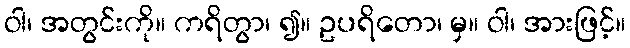
ဝါ၊ အတွင်းကို။ ကရိတွာ၊ ၍။ ဥပရိတော၊ မှ။ ဝါ၊ အားဖြင့်။